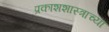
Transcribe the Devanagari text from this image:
प्रकाशशास्त्राच्या